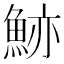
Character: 𩷉